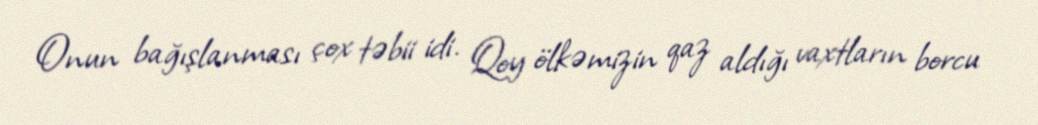
Onun bağışlanması çox təbii idi. Qoy ölkəmizin qaz aldığı vaxtların borcu